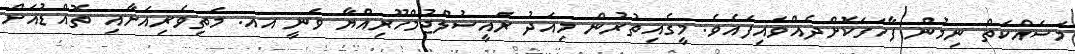
މަސައްކަތް ނިމުން ފާހަގަކޮށްދެއްވައިފައެވެ. މީގެއިތުރުން މިއަދު ރައީސުލްޖުމްހޫރިއްޔާ ވަނީ އއ. މަތިވެރިއަށާއި ތޮއްޑުއަށް